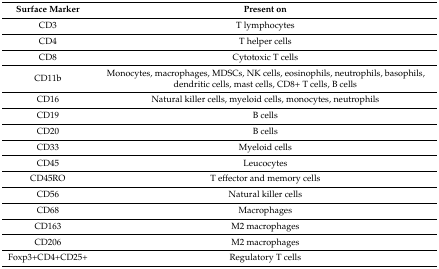
<table><thead><tr><td><b>Surface Marker</b></td><td><b>Present on</b></td></tr></thead><tbody><tr><td>CD3</td><td>T lymphocytes</td></tr><tr><td>CD4</td><td>T helper cells</td></tr><tr><td>CD8</td><td>Cytotoxic T cells</td></tr><tr><td>CD11b</td><td>Monocytes, macrophages, MDSCs, NK cells, eosinophils, neutrophils, basophils, dendritic cells, mast cells, CD8+ T cells, B cells</td></tr><tr><td>CD16</td><td>Natural killer cells, myeloid cells, monocytes, neutrophils</td></tr><tr><td>CD19</td><td>B cells</td></tr><tr><td>CD20</td><td>B cells</td></tr><tr><td>CD33</td><td>Myeloid cells</td></tr><tr><td>CD45</td><td>Leucocytes </td></tr><tr><td>CD45RO</td><td>T effector and memory cells</td></tr><tr><td>CD56</td><td>Natural killer cells</td></tr><tr><td>CD68</td><td>Macrophages</td></tr><tr><td>CD163</td><td>M2 macrophages</td></tr><tr><td>CD206</td><td>M2 macrophages</td></tr><tr><td>Foxp3+CD4+CD25+ </td><td>Regulatory T cells</td></tr></tbody></table>